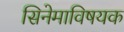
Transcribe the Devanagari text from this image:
सिनेमाविषयक